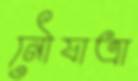
নৌযাত্রা